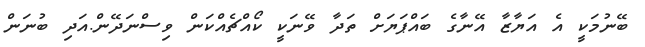
ބޭނުމަކީ އެ އަޔާޒާ އޭނާގެ ބައްޕަޔަށް ތަދާ ވޭނަކީ ކޯއްޗެއްކަން ވިސްނަދޭން.އަދި ބުނަން